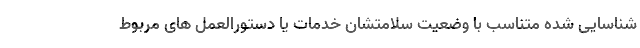
شناسایی شده متناسب با وضعیت سلامتشان خدمات یا دستورالعمل های مربوط